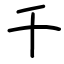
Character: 千